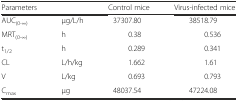
| Parameters |  | Control mice | Virus-infected mice |
 | --- | --- | --- | --- |
 | AUC(0-∞) | μg/L/h | 37307.80 | 38518.79 |
 | MRT(0-∞) | h | 0.38 | 0.536 |
 | t1/2 | h | 0.289 | 0.341 |
 | CL | L/h/kg | 1.662 | 1.61 |
 | V | L/kg | 0.693 | 0.793 |
 | Cmax | μg | 48037.54 | 47224.08 |